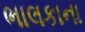
ભાલકાના